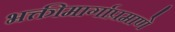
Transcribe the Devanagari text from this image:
भक्तीमार्गाप्रमाणे